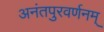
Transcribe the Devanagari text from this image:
अनंतपुरवर्णनम्